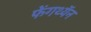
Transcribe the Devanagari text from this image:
फेंगथ्यॅन